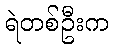
ရဲတစ်ဦးက